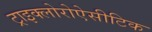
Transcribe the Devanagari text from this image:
ट्राइक्लोरोऐसीटिक